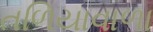
તળિયાવાળા